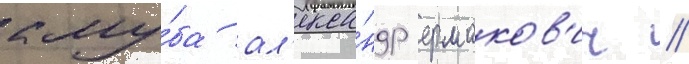
клу́ба ал'екса́ндр ермаков'ич //